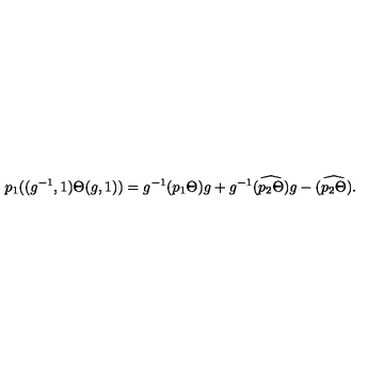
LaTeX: p _ { 1 } ( ( g ^ { - 1 } , 1 ) \Theta ( g , 1 ) ) = g ^ { - 1 } ( p _ { 1 } \Theta ) g + g ^ { - 1 } \widehat { ( p _ { 2 } \Theta ) } g - \widehat { ( p _ { 2 } \Theta ) } .